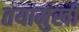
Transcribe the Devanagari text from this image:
तयामुखी